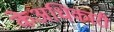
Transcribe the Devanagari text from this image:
केअधिकारी